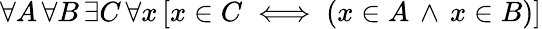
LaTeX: \forall A\, \forall B\, \exists C\, \forall x\, [x\in C\iff(x\in A\, \land\, x\in B)]